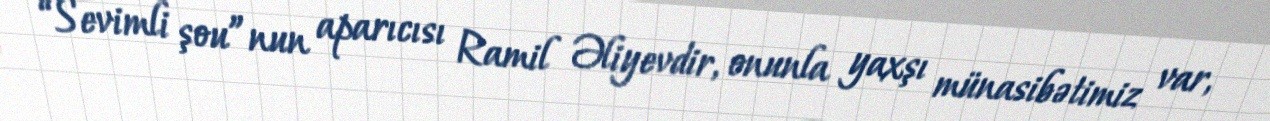
“Sevimli şou”nun aparıcısı Ramil Əliyevdir, onunla yaxşı münasibətimiz var,